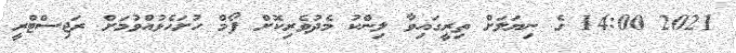
2021 14:00 ގެ ނިޔަލަށް ތިރީގައިވާ ލިންކު މެދުވެރިކޮށް ފޯމް ހުށަހެޅުއްވުމަށް ރަޖިސްޓްރީ